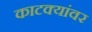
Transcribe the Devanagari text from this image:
काटक्यांवर